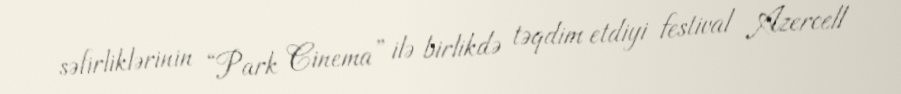
səfirliklərinin “Park Cinema” ilə birlikdə təqdim etdiyi festival Azercell